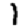
Digit: 1